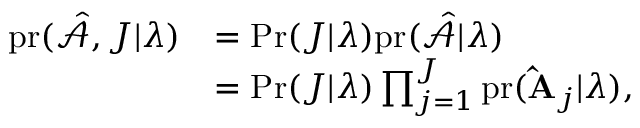
\begin{array} { r l } { \mathrm { p r } ( \hat { \mathcal { A } } , J | \boldsymbol { \lambda } ) } & { = \mathrm { P r } ( J | \boldsymbol { \lambda } ) \mathrm { p r } ( \hat { \mathcal { A } } | \boldsymbol { \lambda } ) } \\ & { = \mathrm { P r } ( J | \boldsymbol { \lambda } ) \prod _ { j = 1 } ^ { J } \mathrm { p r } ( \mathbf { \hat { A } } _ { j } | \boldsymbol { \lambda } ) , } \end{array}